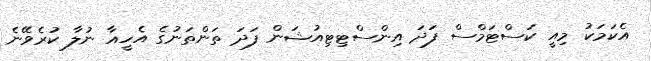
އެކަމަކު މިއީ ކަސްޓަމްސް ފަދަ އިންސްޓިޓިއުޝަން ފަދަ ތަންތަނުގެ އެހީއާ ނުލާ ކުރެވޭނެ